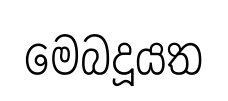
මෙබදූයත